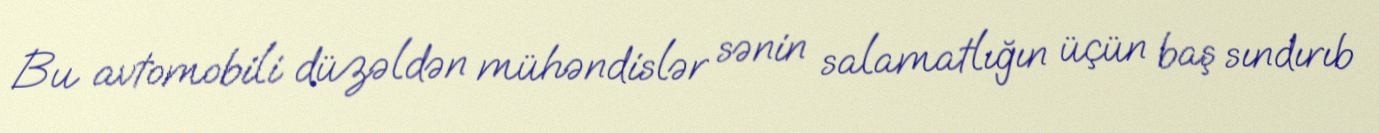
Bu avtomobili düzəldən mühəndislər sənin salamatlığın üçün baş sındırıb